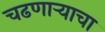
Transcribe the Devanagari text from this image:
चढणार्‍याचा